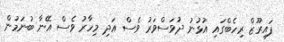
ފައިރޫޒް ރިހެބްގައި އުޅުނު ދުވަސްވަރު ވެސް އަދި މިހާރު ވެސް އޭނާ ބުނަމުން